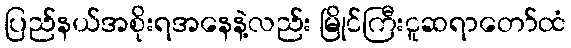
ပြည်နယ်အစိုးရအနေနဲ့လည်း မြိုင်ကြီးငူဆရာတော်ထံ